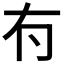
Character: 𠕇